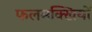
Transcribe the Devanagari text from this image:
फलमक्खियों